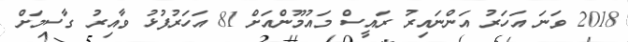
2018 ވަނަ އަހަރު އަންނައިރު ރައީސް މައުމޫންއަށް 81 އަހަރުފުޅު ވާއިރު ގާސިމަށް